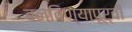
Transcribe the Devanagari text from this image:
बनविण्यापूर्वी